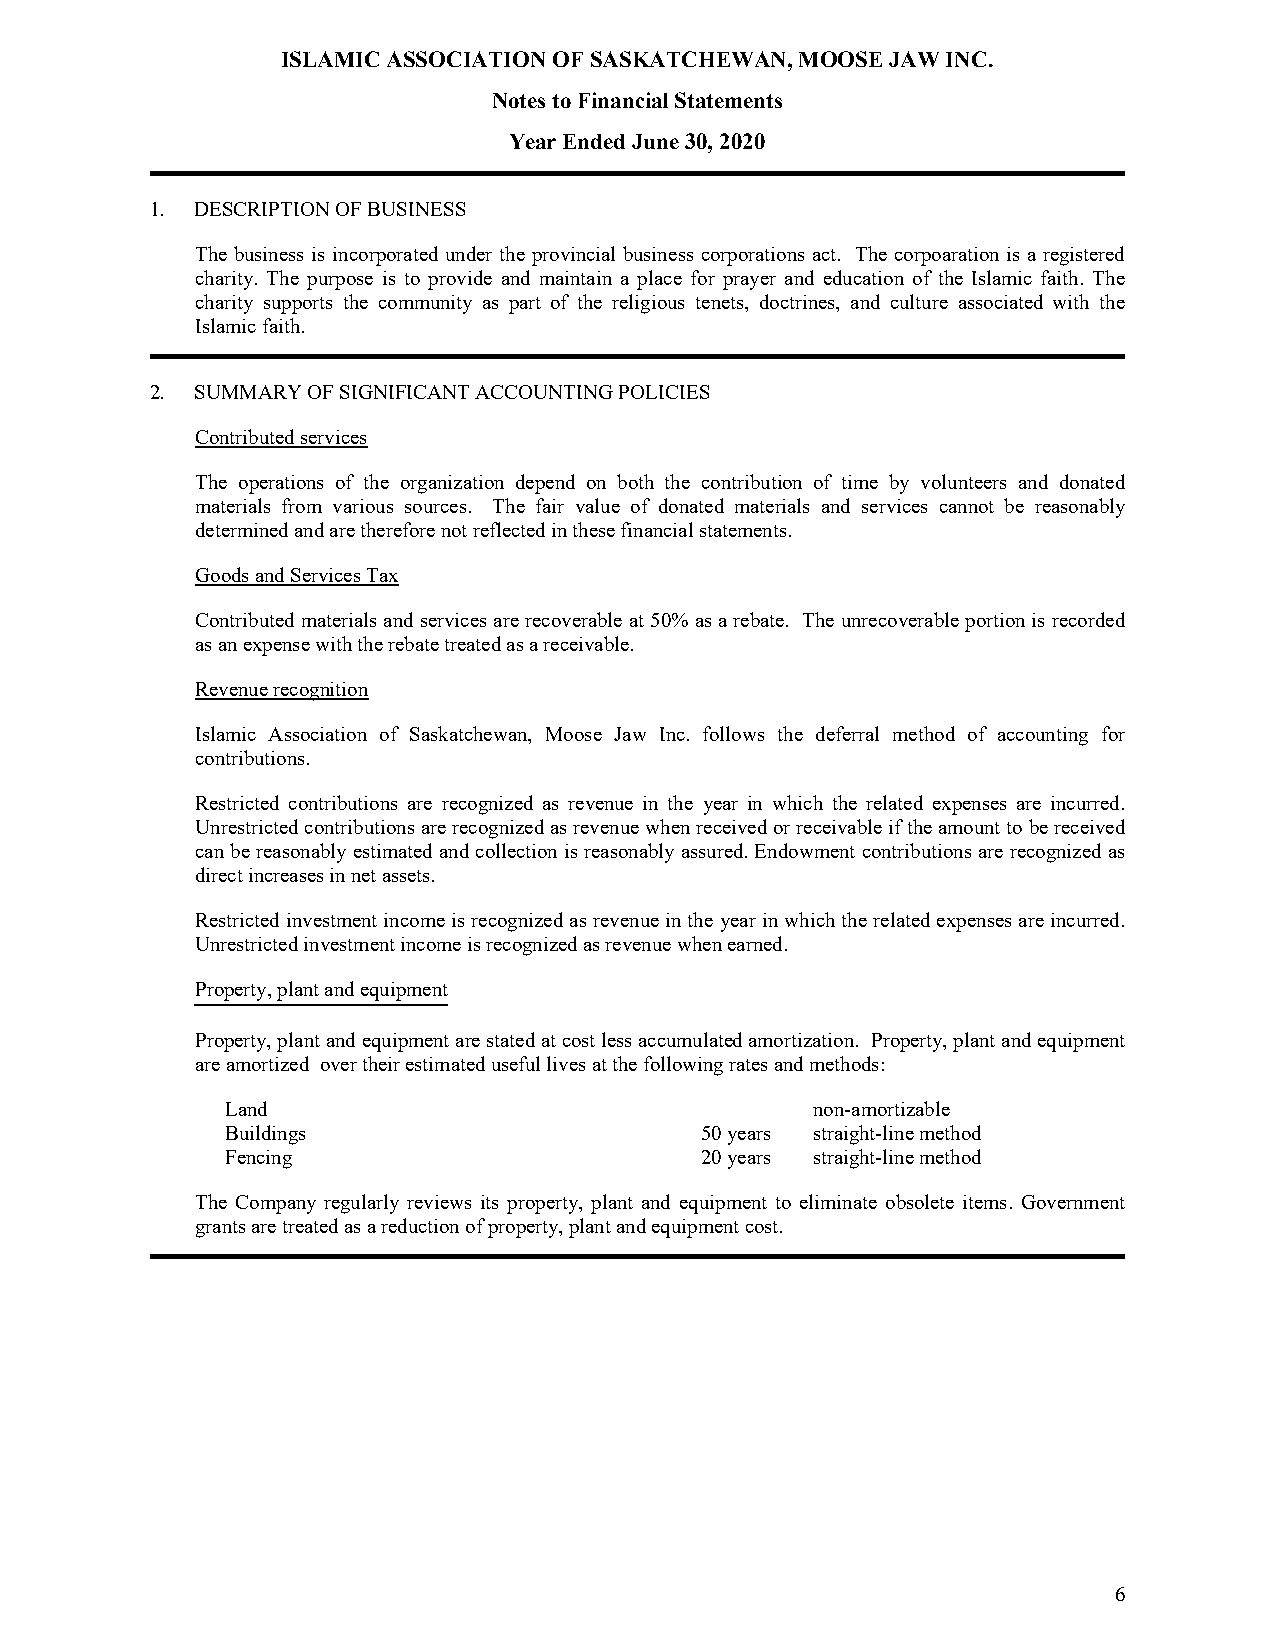
ISLAMIC ASSOCIATION OF SASKATCHEWAN, MOOSE JAW INC.
 Notes to Financial Statements
 Year Ended June 30, 2020
 1. DESCRIPTION OF BUSINESS
 The business is incorporated under the provincial business corporations act. The corpoaration is a registered
 charity. The purpose is to provide and maintain a place for prayer and education of the Islamic faith. The
 charity supports the community as part of the religious tenets, doctrines, and culture associated with the
 Islamic faith.
 2. SUMMARY OF SIGNIFICANT ACCOUNTING POLICIES
 Contributed services
 The operations of the organization depend on both the contribution of time by volunteers and donated
 materials from various sources. The fair value of donated materials and services cannot be reasonably
 determined and are therefore not reflected in these financial statements.
 Goods and Services Tax
 Contributed materials and services are recoverable at 50% as a rebate. The unrecoverable portion is recorded
 as an expense with the rebate treated as a receivable.
 Revenue recognition
 Islamic Association of Saskatchewan, Moose Jaw Inc. follows the deferral method of accounting for
 contributions.
 Restricted contributions are recognized as revenue in the year in which the related expenses are incurred.
 Unrestricted contributions are recognized as revenue when received or receivable if the amount to be received
 can be reasonably estimated and collection is reasonably assured. Endowment contributions are recognized as
 direct increases in net assets.
 Restricted investment income is recognized as revenue in the year in which the related expenses are incurred.
 Unrestricted investment income is recognized as revenue when earned.
 Property, plant and equipment
 Property, plant and equipment are stated at cost less accumulated amortization. Property, plant and equipment
 are amortized over their estimated useful lives at the following rates and methods:
 Land                                   non-amortizable
 Buildings                      50 years straight-line method
 Fencing                        20 years straight-line method
 The Company regularly reviews its property, plant and equipment to eliminate obsolete items. Government
 grants are treated as a reduction of property, plant and equipment cost.
 6